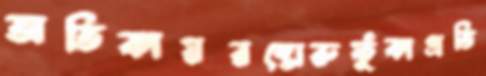
অতিকায়রম্ভোরুফুঁকাপ্রতি